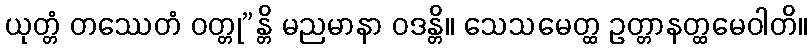
ယုတ္တံ တဿေတံ ဝတ္တု”န္တိ မညမာနာ ဝဒန္တိ။ သေသမေတ္ထ ဥတ္တာနတ္ထမေဝါတိ။